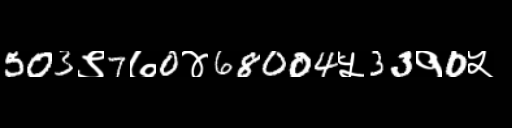
Text: 503९7७0४68004५33१0५